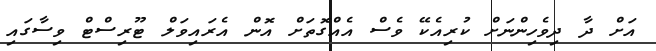
އަށް ދާ ދިވެހިންނަށް ކުރިއެކޭ ވެސް އެއްގޮތަށް އޮން އެރައިވަލް ޓޫރިސްޓް ވިސާގައި